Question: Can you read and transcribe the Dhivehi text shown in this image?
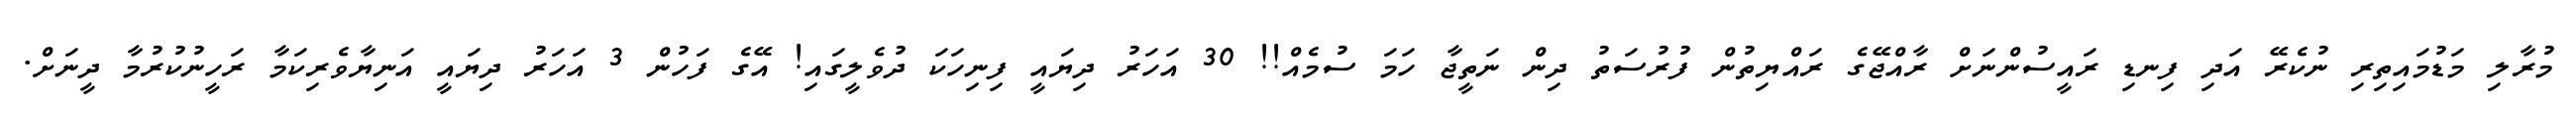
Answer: މުރާލި މަޑުމައިތިރި ނުކެރޭ އަދި ފިނޑި ރައީސުންނަށް ރާއްޖޭގެ ރައްޔިތުން ފުރުސަތު ދިން ނަތީޖާ ހަމަ ސުމެއް!! 30 އަހަރު ދިޔައީ ފިނިހަކަ ދުވެލީގައި! އޭގެ ފަހުން 3 އަހަރު ދިޔައީ އަނިޔާވެރިކަމާ ރަހީނުކުރުމާ ދީނަށް.